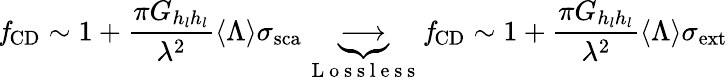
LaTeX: \mathit{f}_{\mathrm{{CD}}}\sim 1+\frac{\pi G_{h_{l}h_{l}}}{\lambda^{2}}\langle\Lambda\rangle{\sigma}_{\mathrm{{sca}}}\underbrace{\longrightarrow}_{\mathrm{~L~o~s~s~l~e~s~s~}}\mathit{f}_{\mathrm{{CD}}}\sim 1+\frac{\pi G_{h_{l}h_{l}}}{\lambda^{2}}\langle\Lambda\rangle{\sigma}_{\mathrm{{ext}}}